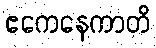
ဧကေနေကာတိ